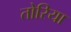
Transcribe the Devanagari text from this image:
तोरिया